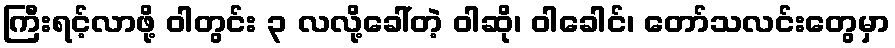
ကြီးရင့်လာဖို့ ဝါတွင်း ၃ လလို့ခေါ်တဲ့ ဝါဆို၊ ဝါခေါင်၊ တော်သလင်းတွေမှာ